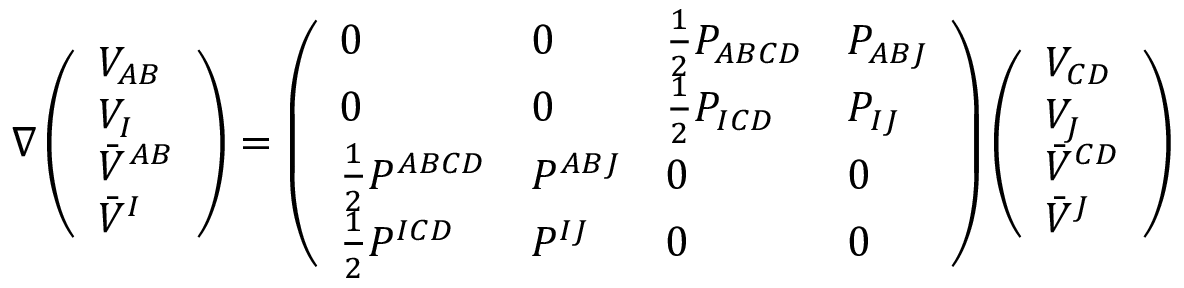
\nabla \left( \begin{array} { l } { { V _ { A B } } } \\ { { V _ { I } } } \\ { { \bar { V } ^ { A B } } } \\ { { \bar { V } ^ { I } } } \end{array} \right) = \left( \begin{array} { l l l l } { { 0 } } & { { 0 } } & { { { \frac { 1 } { 2 } } P _ { A B C D } } } & { { P _ { A B J } } } \\ { { 0 } } & { { 0 } } & { { { \frac { 1 } { 2 } } P _ { I C D } } } & { { P _ { I J } } } \\ { { { \frac { 1 } { 2 } } P ^ { A B C D } } } & { { P ^ { A B J } } } & { { 0 } } & { { 0 } } \\ { { { \frac { 1 } { 2 } } P ^ { I C D } } } & { { P ^ { I J } } } & { { 0 } } & { { 0 } } \end{array} \right) \left( \begin{array} { l } { { V _ { C D } } } \\ { { V _ { J } } } \\ { { \bar { V } ^ { C D } } } \\ { { \bar { V } ^ { J } } } \end{array} \right)